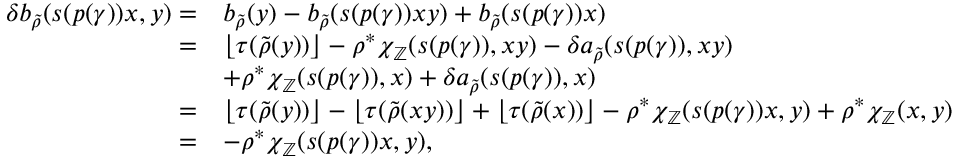
\begin{array} { r l } { \delta b _ { \widetilde { \rho } } ( s ( p ( \gamma ) ) x , y ) = } & { b _ { \widetilde { \rho } } ( y ) - b _ { \widetilde { \rho } } ( s ( p ( \gamma ) ) x y ) + b _ { \widetilde { \rho } } ( s ( p ( \gamma ) ) x ) } \\ { = } & { \lfloor \tau ( \widetilde { \rho } ( y ) ) \rfloor - \rho ^ { * } \chi _ { \mathbb { Z } } ( s ( p ( \gamma ) ) , x y ) - \delta a _ { \widetilde { \rho } } ( s ( p ( \gamma ) ) , x y ) } \\ & { + \rho ^ { * } \chi _ { \mathbb { Z } } ( s ( p ( \gamma ) ) , x ) + \delta a _ { \widetilde { \rho } } ( s ( p ( \gamma ) ) , x ) } \\ { = } & { \lfloor \tau ( \widetilde { \rho } ( y ) ) \rfloor - \lfloor \tau ( \widetilde { \rho } ( x y ) ) \rfloor + \lfloor \tau ( \widetilde { \rho } ( x ) ) \rfloor - \rho ^ { * } \chi _ { \mathbb { Z } } ( s ( p ( \gamma ) ) x , y ) + \rho ^ { * } \chi _ { \mathbb { Z } } ( x , y ) } \\ { = } & { - \rho ^ { * } \chi _ { \mathbb { Z } } ( s ( p ( \gamma ) ) x , y ) , } \end{array}